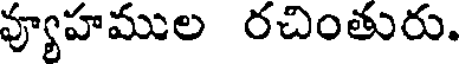
వ్యూహముల రచింతురు.